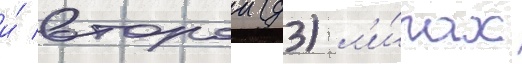
и́ второи (д3) л'и́гах